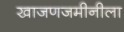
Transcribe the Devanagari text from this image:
खाजणजमीनीला